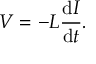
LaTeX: V = - L { \frac { \mathrm { d } I } { \mathrm { d } t } } . \,